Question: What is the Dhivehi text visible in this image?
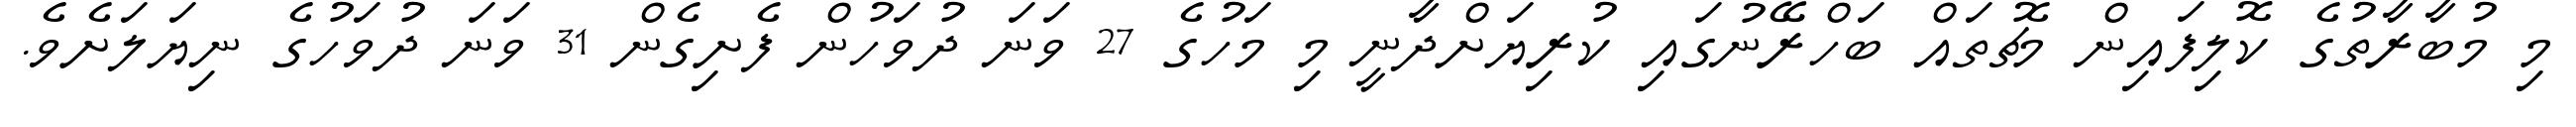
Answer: މި މުބާރާތުގެ ކޮލިފައިން މެޗުތައް ބަހްރޭނުގައި ކުރިޔަށްދާނީ މި މަހުގެ 27 ވަނަ ދުވަހުން ފެށިގެން 31 ވަނަ ދުވަހުގެ ނިޔަލަށެވެ.